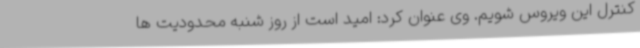
کنترل این ویروس شویم. وی عنوان کرد: امید است از روز شنبه محدودیت ها